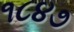
૧૮૪૭